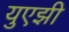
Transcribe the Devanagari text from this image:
युएझी